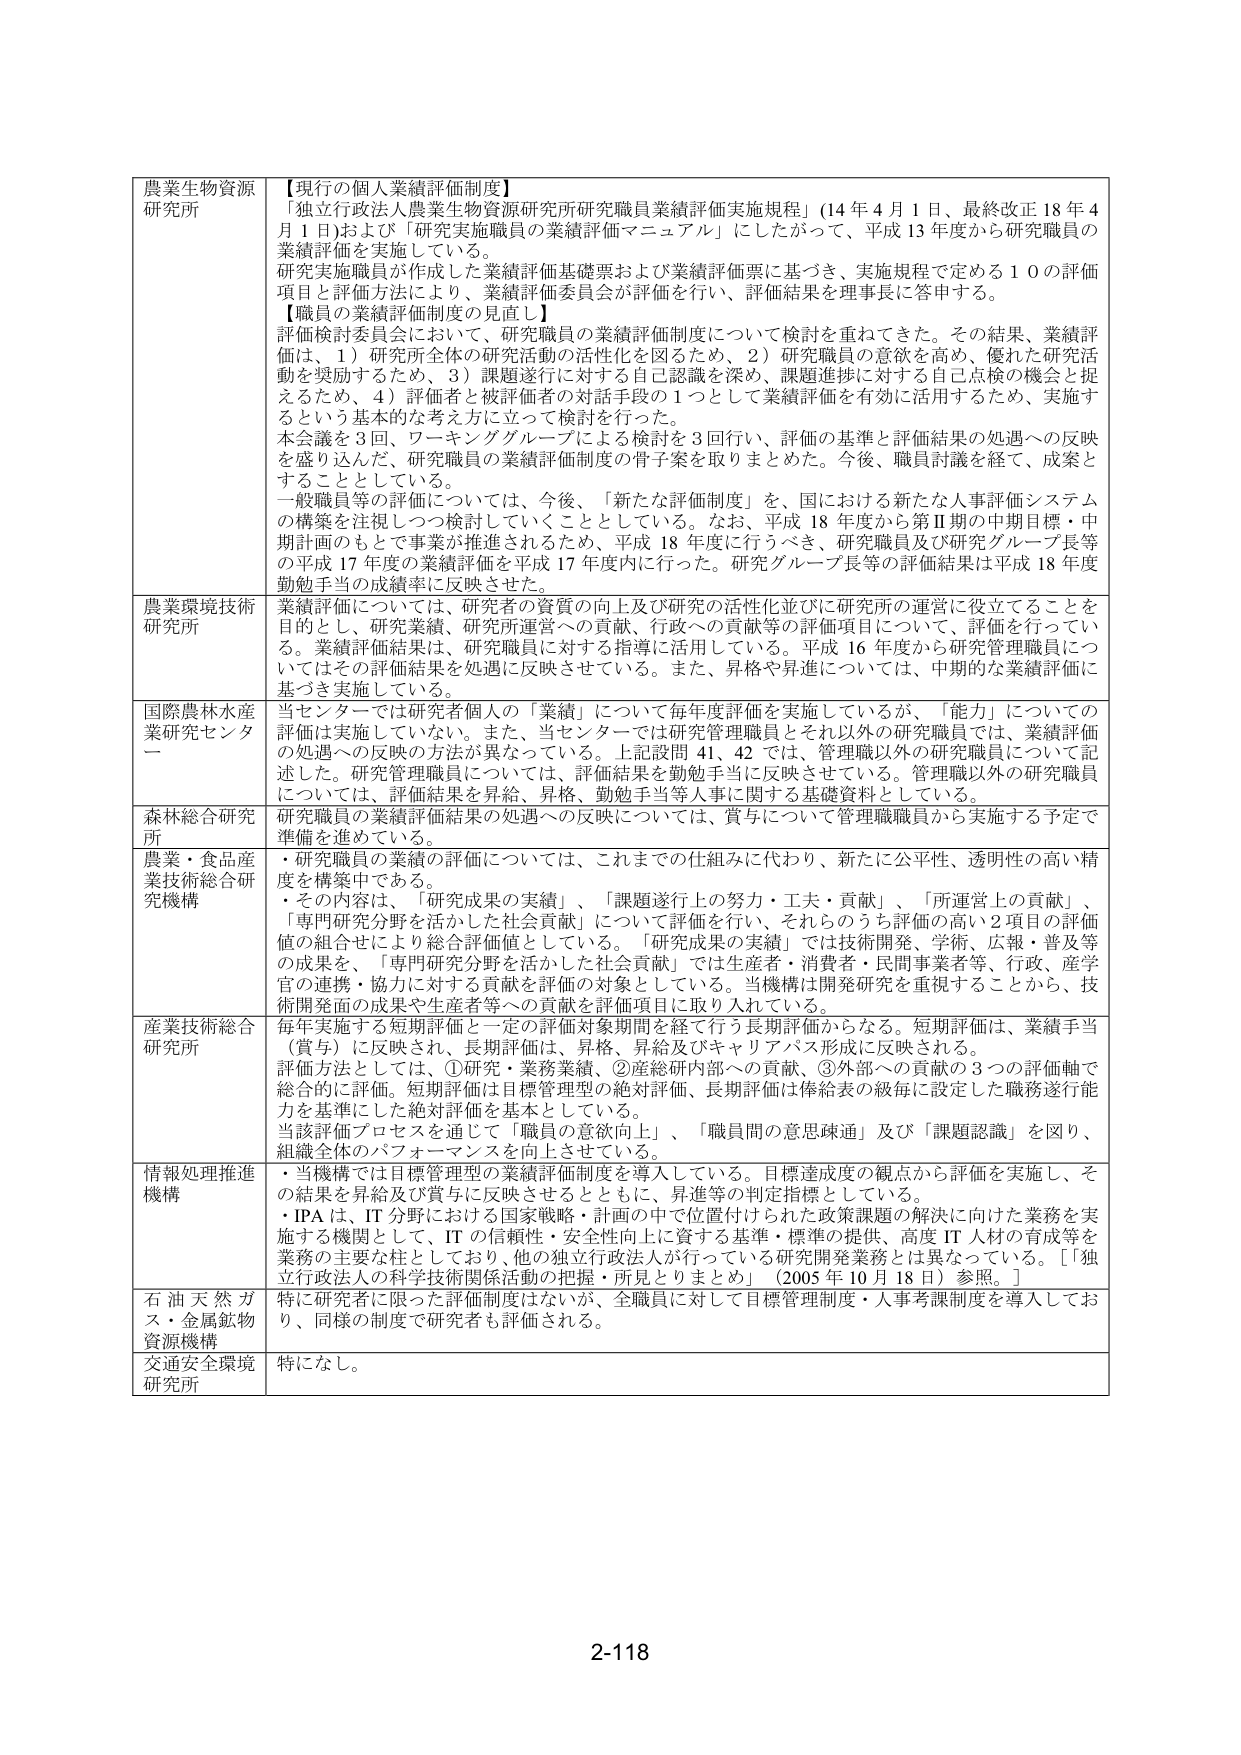
農業生物資源
研究所
【現行の個人業績評価制度】
「独立行政法人農業生物資源研究所研究職員業績評価実施規程」（14年4月1日、最終改正18年4月1日）および「研究実施職員の業績評価マニュアル」にしたがって、平成13年度から研究職員の業績評価を実施している。
研究実施職員が作成した業績評価基礎票および業績評価票に基づき、実施規程で定める10の評価項目と評価方法により、業績評価委員会が評価を行い、評価結果を理事長に答申する。
【職員の業績評価制度の見直し】
評価検討委員会において、研究職員の業績評価制度について検討を重ねてきた。その結果、業績評価は、1）研究所全体の研究活動の活性化を図るため、2）研究職員の意欲を高め、優れた研究活動を奨励するため、3）課題遂行に対する自己認識を深め、課題進捗に対する自己点検の機会と捉えるため、4）評価者と被評価者の対話手段の1つとして業績評価を有効に活用するため、実施するという基本的な考え方に立って検討を行った。
本会議を3回、ワーキンググループによる検討を3回行い、評価の基準と評価結果の処遇への反映を盛り込んだ、研究職員の業績評価制度の骨子案を取りまとめた。今後、職員討議を経て、成案とすることとしている。
一般職員等の評価については、今後、「新たな評価制度」を、国における新たな人事評価システムの構築を注視しつつ検討していくこととしている。なお、平成18年度から第Ⅱ期の中間目標・中期計画のもとで事業が推進されるため、平成18年度に行うべき、研究職員及び研究グループ長等の平成17年度の業績評価を平成17年度内に行った。研究グループ長等の評価結果は平成18年度勤勉手当の成績率に反映させた。

農業環境技術
研究所
業績評価については、研究者の資質の向上及び研究の活性化並びに研究所の運営に役立てることを目的とし、研究業績、研究所運営への貢献、行政への貢献等の評価項目について、評価を行っている。業績評価結果は、研究職員に対する指導に活用している。平成16年度から研究管理職員についてはその評価結果を処遇に反映させている。また、昇格や昇進については、中期的な業績評価に基づき実施している。

国際農林水産
業研究センター
当センターでは研究者個人の「業績」について毎年度評価を実施しているが、「能力」についての評価は実施していない。また、当センターでは研究管理職員とそれ以外の研究職員では、業績評価の処遇への反映の方法が異なっている。上記設問41、42では、管理職以外の研究職員について記述した。研究管理職員については、評価結果を勤勉手当に反映させている。管理職以外の研究職員については、評価結果を昇給、昇格、勤勉手当等人事に関する基礎資料としている。

森林総合研究
所
研究職員の業績評価結果の処遇への反映については、賞与について管理職職員から実施する予定で準備を進めている。

農業・食品産
業技術総合研
究機構
・研究職員の業績の評価については、これまでの仕組みに代わり、新たに公平性、透明性の高い精度を構築中である。
・その内容は、「研究成果の実績」、「課題遂行上の努力・工夫・貢献」、「所運営上の貢献」、「専門研究分野を活かした社会貢献」について評価を行い、それらのうち評価の高い2項目の評価値の組合せにより総合評価値としている。「研究成果の実績」では技術開発、学術、広報・普及等の成果を、「専門研究分野を活かした社会貢献」では生産者・消費者・民間事業者等、行政、産学官の連携・協力に対する貢献を評価の対象としている。当機構は開発研究を重視することから、技術開発面の成果や生産者等への貢献を評価項目に取り入れている。

産業技術総合
研究所
毎年実施する短期評価と一定の評価対象期間を経て行う長期評価からなる。短期評価は、業績手当（賞与）に反映され、長期評価は、昇格、昇給及びキャリアパス形成に反映される。
評価方法としては、①研究・業務業績、②産総研内部への貢献、③外部への貢献の3つの評価軸で総合的に評価。短期評価は目標管理型の絶対評価、長期評価は俸給表の級毎に設定した職務遂行能力を基準にした絶対評価を基本としている。
当該評価プロセスを通じて「職員の意欲向上」、「職員間の意思疎通」及び「課題認識」を図り、組織全体のパフォーマンスを向上させている。

情報処理推進
機構
・当機構では目標管理型の業績評価制度を導入している。目標達成度の観点から評価を実施し、その結果を昇給及び賞与に反映させるとともに、昇進等の判定指標としている。
・IPAは、IT分野における国家戦略・計画の中で位置付けられた政策課題の解決に向けた業務を実施する機関として、ITの信頼性・安全性向上に資する基準・標準の提供、高度IT人材の育成等を業務の主な柱としており、他の独立行政法人が行っている研究開発業務とは異なっている。［「独立行政法人の科学技術関係活動の把握・所見とりまとめ」（2005年10月18日）参照。］

石油天然ガス・金属鉱物
資源機構
特に研究者に限った評価制度はないが、全職員に対して目標管理制度・人事考課制度を導入しており、同様の制度で研究者も評価される。

交通安全環境
研究所
特になし。

2-118